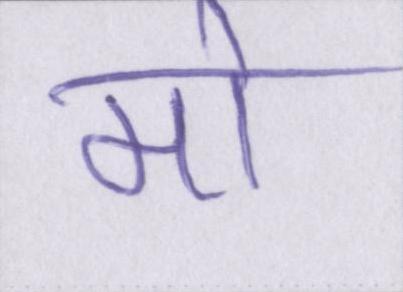
मो